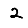
Digit: 2